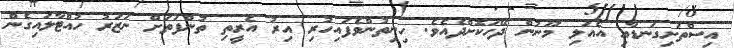
އިސްތަށިގަނޑާއި އެއަލި މޫނުން ދޭހަކޮށްދެއެވެ. ހިނިތުންވެފައިހުރި އިރު އެރީތި ތުންފަތަށް ނަޒަރު ހުއްޓާލައިގެން